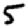
Digit: 5